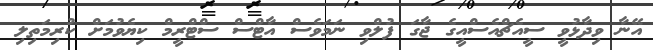
އޭނާ ވިދާޅުވީ ސީއެޗްއެސްއީގެ ޖާގަ ފުލްވި ނަމަވެސް އާޓްސް ސްޓްރީމް ކިޔެވުމަށް ކުރިމަތިލި